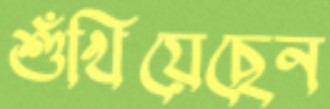
শুঁখিয়েছেন